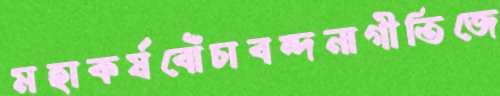
মহাকর্ষবোঁচাবন্দনাগীতিজে